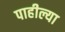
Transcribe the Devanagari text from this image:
पाहील्या